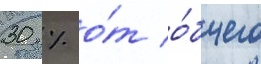
30 % о́т о́бщего